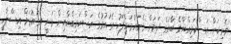
ވެރިކަން އަސްކަރިއްޔާގެ ބާރުގެ ދަށަށް ގެނައުމަށްފަހު އެގައުމުގެ އަސްކަރިއްޔާއިން ވަނީ އެގައުމަށް އިސްލާހީ